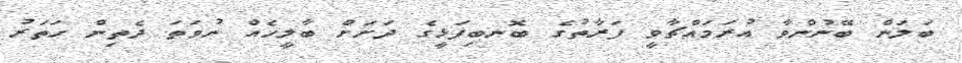
ބަލަން ބޭނުންވާ އުރަމައްޗާވީ ފަރާތުގެ ބޮނބިފަޅީގެ ދަށަށް ބާލީހެއް ނުވަތަ ދެތިން ހަތަރު